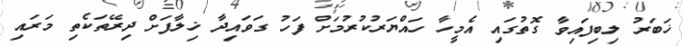
ޚަބަރު ލިބިފައިވާ ގޮތުގައި އެމީހާ ހައްޔަރުކުރުމަށް ފަހު ގަވައިދާ ޚިލާފަށް ދިރޭތަކެތި މަރައި